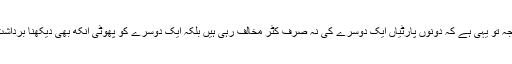
اس کی ایک وجہ تو یہی ہے کہ دونوں پارٹیاں ایک دوسرے کی نہ صرف کٹر مخالف رہی ہیں بلکہ ایک دوسرے کو پھوٹی آنکھ بھی دیکھنا برداشت نہیں کرتیں ۔